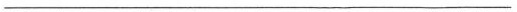
___